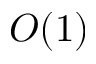
O ( 1 )